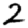
Digit: 2